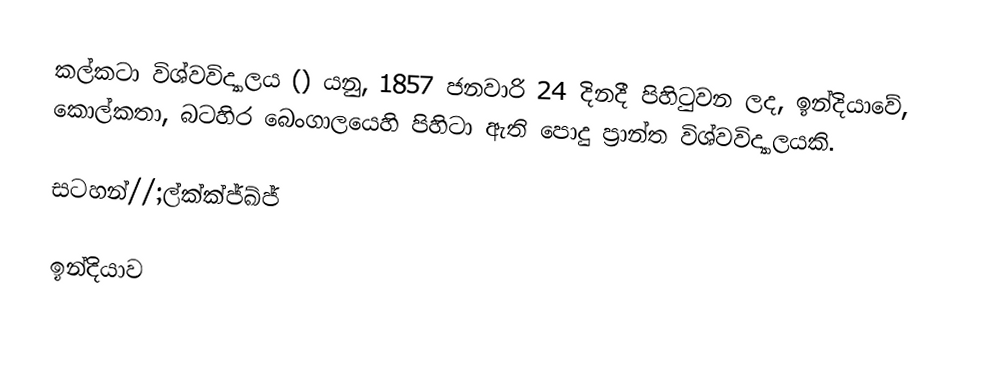
කල්කටා විශ්වවිද්‍යාලය () යනු, 1857 ජනවාරි 24 දිනදී පිහිටුවන ලද, ඉන්දියාවේ,  කොල්කතා, බටහිර බෙංගාලයෙහි පිහිටා ඇති පොදු ප්‍රාන්ත විශ්වවිද්‍යාලයකි.

සටහන්//;ල්ක්ක්ජ්ඛ්ජ්

ඉන්දියාව